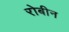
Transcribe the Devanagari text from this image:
रोबीन